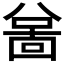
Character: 𫤲